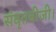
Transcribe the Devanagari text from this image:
संवृतबीजी।